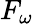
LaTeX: F_{\omega}